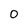
Character: 0